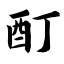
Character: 酊